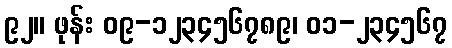
၉၂။ ဖုန်း ၀၉-၁၂၃၄၅၆၇၈၉၊ ၀၁-၂၃၄၅၆၇